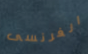
الفرنسى